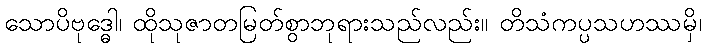
သောပိဗုဒ္ဓေါ၊ ထိုသုဇာတမြတ်စွာဘုရားသည်လည်း။ တိသံကပ္ပသဟဿမှိ၊